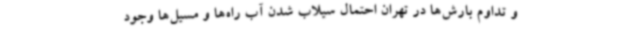
و تداوم بارش‌ها در تهران احتمال سیلاب شدن آب راه‌ها و مسیل‌ها وجود